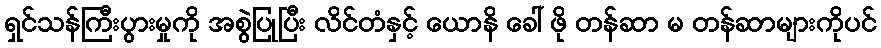
ရှင်သန်ကြီးပွားမှုကို အစွဲပြုပြီး လိင်တံနှင့် ယောနိ ခေါ် ဖို တန်ဆာ မ တန်ဆာများကိုပင်